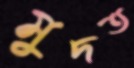
মুদত